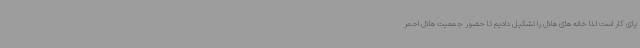
پای کار است لذا خانه های هلال را تشکیل دادیم تا حضور جمعیت هلال احمر